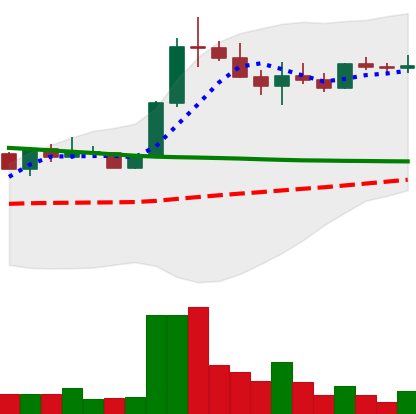
Ticker: ETC-USD
Chart end date: 2022-08-08
Forward return: 14.531%
Label: up_7plus